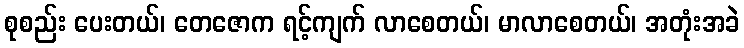
စုစည်း ပေးတယ်၊ တေဇောက ရင့်ကျက် လာစေတယ်၊ မာလာစေတယ်၊ အတုံးအခဲ